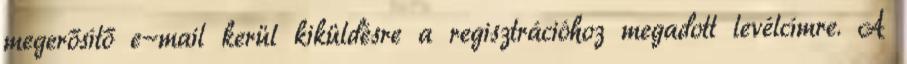
megerősítő e-mail kerül kiküldésre a regisztrációhoz megadott levélcímre. A